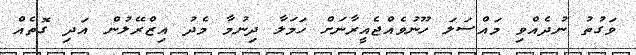
ވަގުތު ނުދެއްވި މައްސަލަ ހޫނުވެއްޖެއީރާނަށް ހަމަލާ ދިނުމާ މެދު އިޒްރޭލުން އަދި ގޮތެއް